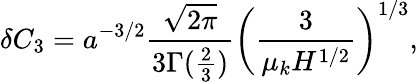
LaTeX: \delta C_{3}=a^{-3/2}\frac{\sqrt{2\pi}}{3\Gamma(\frac{2}{3})}\left(\frac{3}{\mu_{k}H^{1/2}}\right)^{1/3},